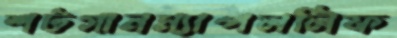
শটগানম্যাপললিফ